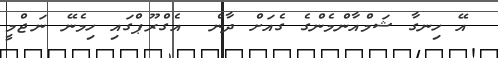
އޭ ހިނގާ ޝަމްއާންމެންގެ ގެއަށް ދާން  އެގްރޫޕްގައި ހިމެނޭ ނަޖްމީ